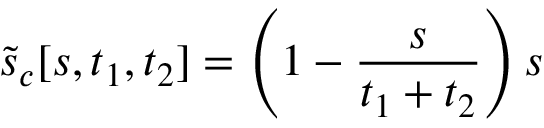
\tilde { s } _ { c } [ s , t _ { 1 } , t _ { 2 } ] = \left( 1 - \frac { s } { t _ { 1 } + t _ { 2 } } \right) s